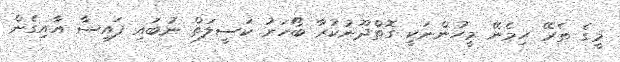
މީގެ ތެރޭ ހިމެނޭ މީހުންނަކީ ގޮތްދޫނުކުރާ ބޯހަރު ކަސީލަތް ނުބައި ފައިސާ އާއިގެން